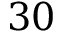
3 0